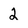
Character: 2